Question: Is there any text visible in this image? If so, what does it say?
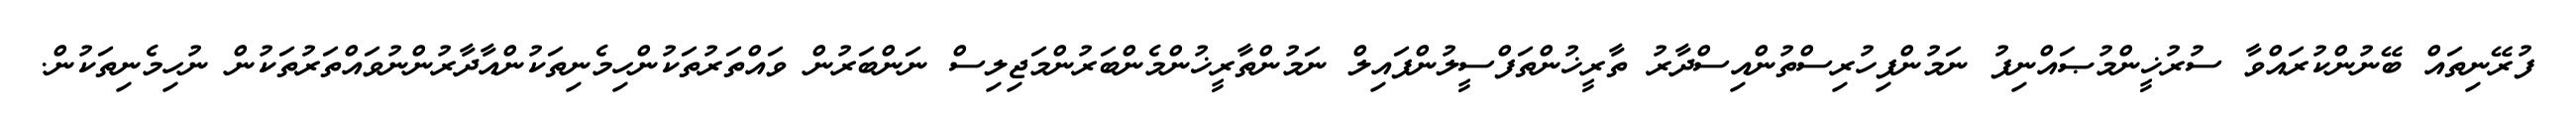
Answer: ފުރޭނިތައް ބޭނުންކުރައްވާ ސުރުޚީންމުޞައްނިފު ނަމުންފިހުރިސްތުންއިސްދާރު ތާރީޚުންތަފްސީލުންފައިލް ނަމުންތާރީޚުންމެންބަރުންމަޖިލިސް ނަންބަރުން ވައްތަރުތަކުންހިމެނިތަކުންއާދާރުންނުވައްތަރުތަކުން ނުހިމެނިތަކުން.